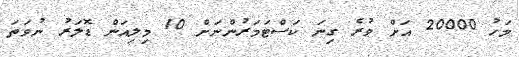
މަހު 20000 އަށް ވުރެ ގިނަ ކަސްޓަމަރުންނަށް 10 މިލިއަން ޑޮލަރު ނުވަތަ